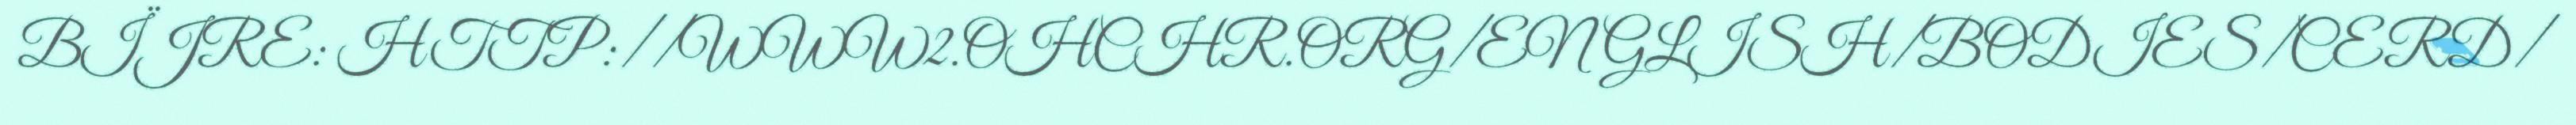
BÏJRE: HTTP://WWW2.OHCHR.ORG/ENGLISH/BODIES/CERD/